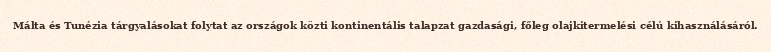
Málta és Tunézia tárgyalásokat folytat az országok közti kontinentális talapzat gazdasági, főleg olajkitermelési célú kihasználásáról.